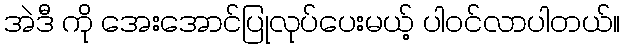
အဲဒီ ကို အေးအောင်ပြုလုပ်ပေးမယ့် ပါဝင်လာပါတယ်။